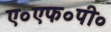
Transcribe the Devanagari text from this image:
ए०एफ०पी०